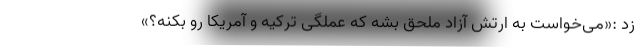
زد :«می‌خواست به ارتش آزاد ملحق بشه که عملگی ترکیه و آمریکا رو بکنه؟»